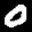
Label: 0